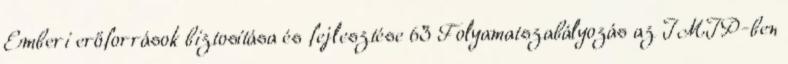
Emberi erőforrások biztosítása és fejlesztése 63 Folyamatszabályozás az IMIP-ben